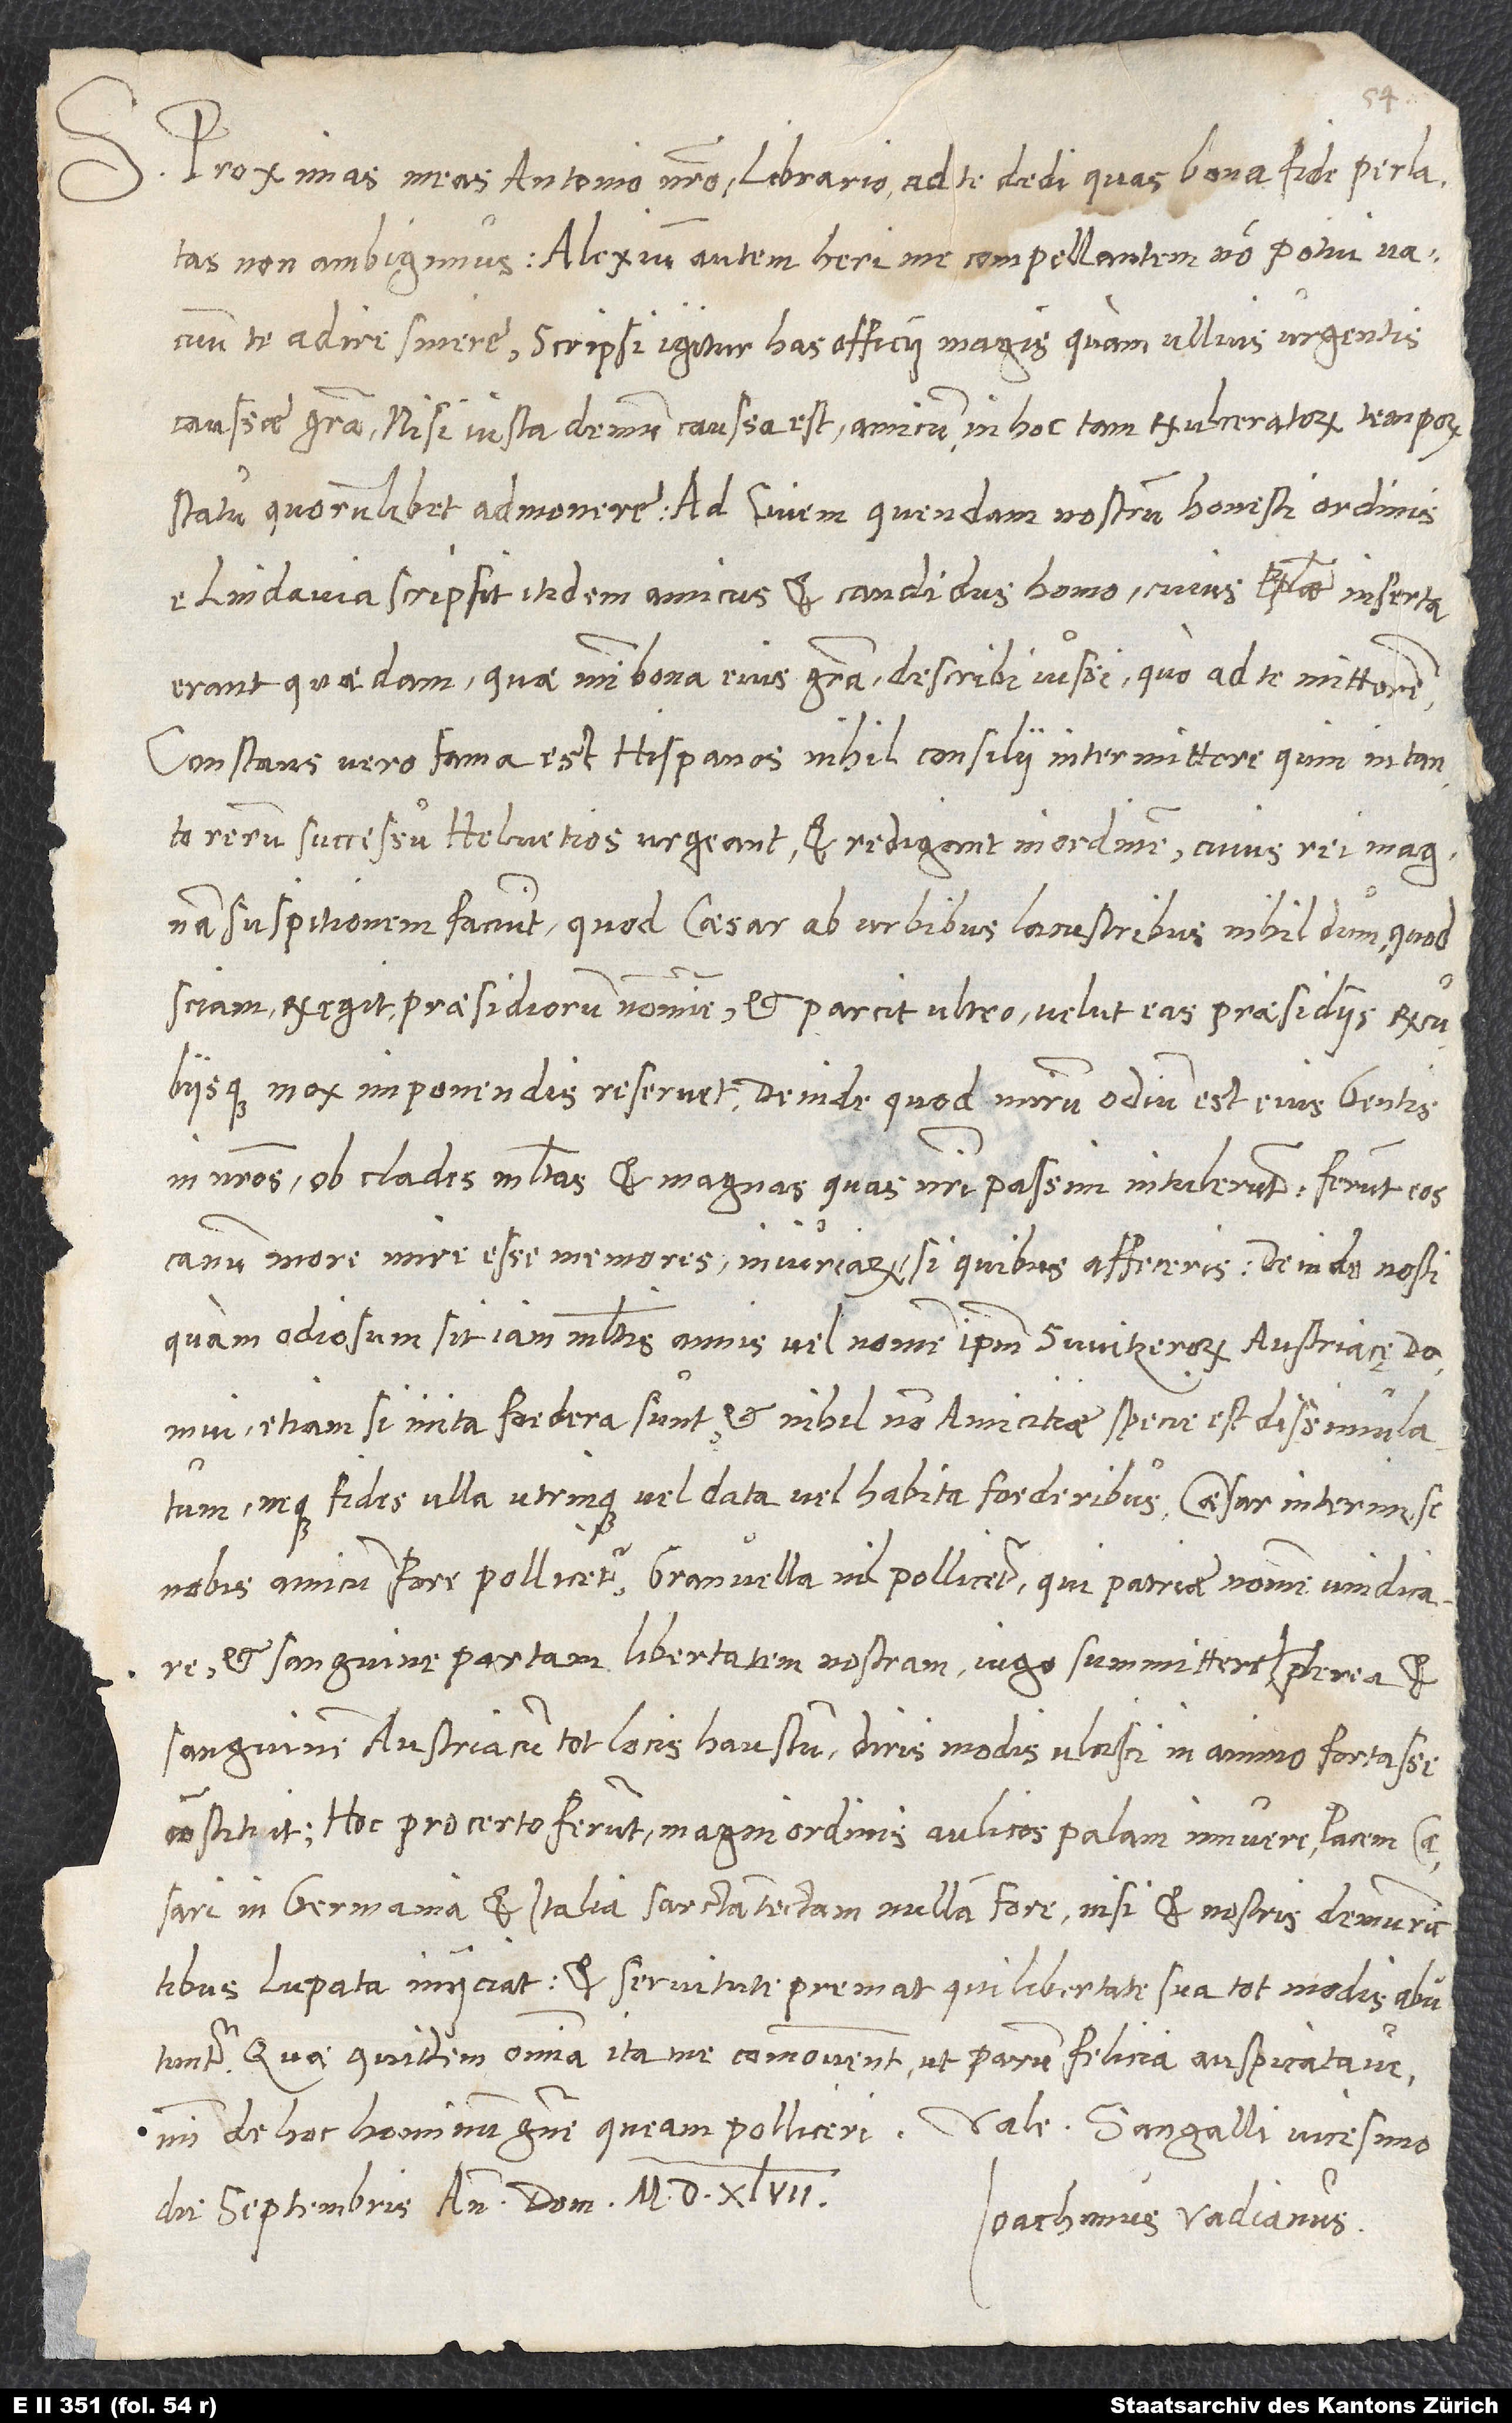
Proximas meas Antonio nostro librario ad te dedi, quas bona fide perlatas
non ambigimus. Alexium autem heri me compellantem non potui vacuum
te adire sinere. Scripsi igitur has officii magis, quam ullius urgentis
caussae gratia, nisi iusta demum caussa est, amicum in hoc tam exulceratorum temporum
e Lindavia scripsit itidem amicus et candidus homo, cuius epistolae inserta
erant quaedam, quae mihi bona eius gratia describi iussi, quo ad te mitterem.
Constans vero fama est, Hispanos nihil consilii intermittere, quin in tanto
rerum successu Helvetios urgeant et redigant in ordinem, cuius rei magnam
suspitionem faciunt, quod caesar ab urbibus lacustribus nihildum, quod
sciam, exegit praesidiorum nomine et parcit ultro, velut eas praesidiis excubiisque
mox imponendis reservet; deinde quod mirum odium est eius gentis
in nostros ob clades multas et magnas, quas nostri passim intulerunt. Ferunt eos
canum more mire esse memores iniuriarum, si quibus affeceris. Deinde nosti,
quam odiosum sit iam multis annis vel nomen ipsum Switzerorum Austriacę domui,
etiamsi inita foedera sunt et nihilnon amicitiae specie est dissimulatum,
neque fides ulla utrinque vel data vel habita foederibus. Caesar interim se
nobis amicum fore pollicetur; Granvella nil pollicetur, qui patriae nomen vindicare
et sanguine partam libertatem nostram iugo summittere, praeterea et
sanguinem Austriacum tot locis haustum diris modis ulcisci in animo fortasse
Hoc pro certo ferunt: Magni ordinis aulicos palam innuere, pacem caesari
in Germania et Italia sarctam tectam nullam fore, nisi et nostris demum rictibus
lupata iniiciat et servitute premat, qui libertate sua tot modis abutuntur.
Quae quidem omnia ita me commovent, ut parum felicia auspicatave
die septembris, anno domini 1547.
Ioachimus Vadianus.